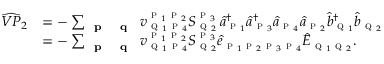
\begin{array} { r l } { \widehat { V P } _ { 2 } } & { = - \sum _ { \textbf { \textsc { p } } \textbf { \textsc { q } } } { v } _ { \textsc { q } _ { 1 } \textsc { p } _ { 4 } } ^ { \textsc { p } _ { 1 } \textsc { p } _ { 2 } } S _ { \textsc { q } _ { 2 } } ^ { \textsc { p } _ { 3 } } \, \hat { a } _ { \textsc { p } _ { 1 } } ^ { \dagger } \hat { a } _ { \textsc { p } _ { 3 } } ^ { \dagger } \hat { a } _ { \textsc { p } _ { 4 } } \hat { a } _ { \textsc { p } _ { 2 } } \hat { b } _ { \textsc { q } _ { 1 } } ^ { \dagger } \hat { b } _ { \textsc { q } _ { 2 } } } \\ & { = - \sum _ { \textbf { \textsc { p } } \textbf { \textsc { q } } } { v } _ { \textsc { q } _ { 1 } \textsc { p } _ { 4 } } ^ { \textsc { p } _ { 1 } \textsc { p } _ { 2 } } S _ { \textsc { q } _ { 2 } } ^ { \textsc { p } _ { 3 } } \hat { e } _ { \textsc { p } _ { 1 } \textsc { p } _ { 2 } \textsc { p } _ { 3 } \textsc { p } _ { 4 } } \hat { E } _ { \textsc { q } _ { 1 } \textsc { q } _ { 2 } } . } \end{array}